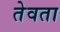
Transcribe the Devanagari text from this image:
तेवता